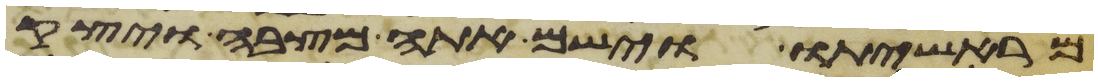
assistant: מראשיתו וישם אתה מצבה ויצק